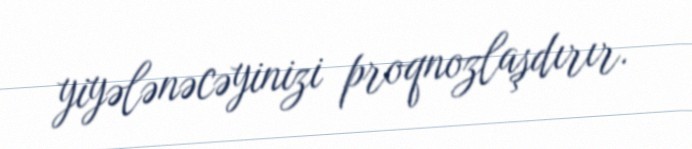
yiyələnəcəyinizi proqnozlaşdırır.